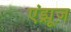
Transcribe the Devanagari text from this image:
एंड्र्यूज़